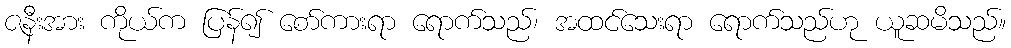
ဇနီးအား ကိုယ်က ပြန်၍ စော်ကားရာ ရောက်သည်၊ အထင်သေးရာ ရောက်သည်ဟု ယူဆမိသည်။